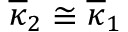
\overline { { \kappa } } _ { 2 } \cong \overline { { \kappa } } _ { 1 }